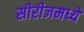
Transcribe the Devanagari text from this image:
सीरीजमध्ये